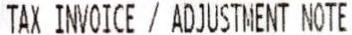
TAX INVOICE / ADJUSTMENT NOTE